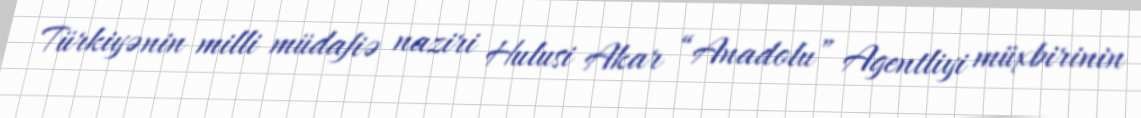
Türkiyənin milli müdafiə naziri Hulusi Akar “Anadolu” Agentliyi müxbirinin